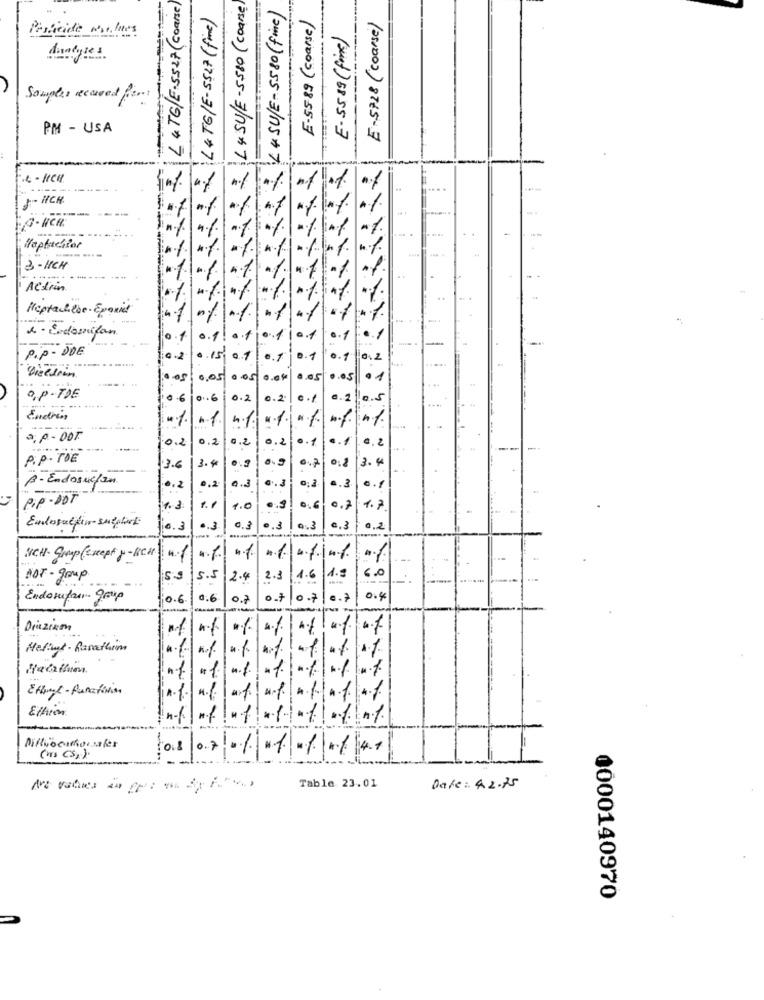
L &TG/E-5527 (Coarse)
L & SULE-5580 (coarse
SULE-5580 (fine)
Paricide walues
Sampler recured for
PM - USA
(250DOS) 68-55-3
(252003 8765-7
-----
(mf) (755-3/91+7
O. NCH.
Hapfactor
3-HCH
Action
Heptachebe. Epaniet
e . Endomilan
P.p . DDE
--
0.15. 0.1 0.7 0.1
0.1
0,05 0 .05 0.04
0.05 0.05
0,p-TDE
0 .. 6
0.2
0.2
Endrin
1 1.
4.1.
1 .1.
n1.
a. p - DOT
0.2
0.2
0.2
0.2
0.1
.. 1
0. 2
--
P.P. TOE
3.4
0.2
3.4
-
3.6
B- Endosuelen
0,2
4.3
0.3.
1.2
.. 3
a.f
PIP- DOT
7.3
1.1
1.0
0.6
0,2
1.7
6.3
.3
.. 3
0.3
c.3
1.2
NICH. Smp (Except p-Ben)
6.0
NOT - grup
5.5
2.4
2.3
1.6
Endorfan grup
0.6
0.6
0.7
0.7 0.7
0.7
0.4
Diziam
Hefint . Rarathim
1 4 7
H.
ElAion
0.8 07 -1 1-1/4
Table. 23.01
Date: 42.75
0000140970